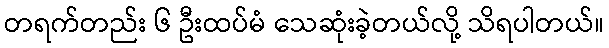
တရက်တည်း ၆ ဦးထပ်မံ သေဆုံးခဲ့တယ်လို့ သိရပါတယ်။